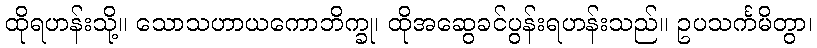
ထိုရဟန်းသို့။ သောသဟာယကောဘိက္ခု၊ ထိုအဆွေခင်ပွန်းရဟန်းသည်။ ဥပသင်္ကမိတွာ၊